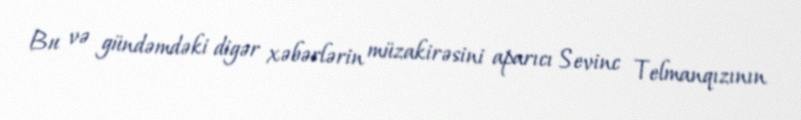
Bu və gündəmdəki digər xəbərlərin müzakirəsini aparıcı Sevinc Telmanqızının